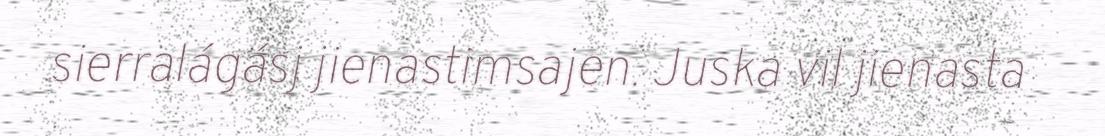
sierralágásj jienastimsajen. Juska vil jienasta